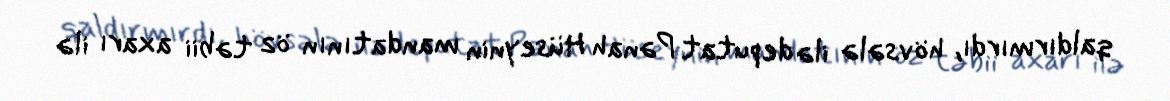
qaldırmırdı, hövsələ ilə deputat Pənah Hüseynin mandatının öz təbii axarı ilə